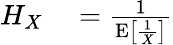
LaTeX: \begin{array}{rl}{H_{X}}&{{}={\frac{1}{\operatorname{E}\left[{\frac{1}{X}}\right]}}}\end{array}